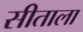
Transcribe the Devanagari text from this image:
सीताला